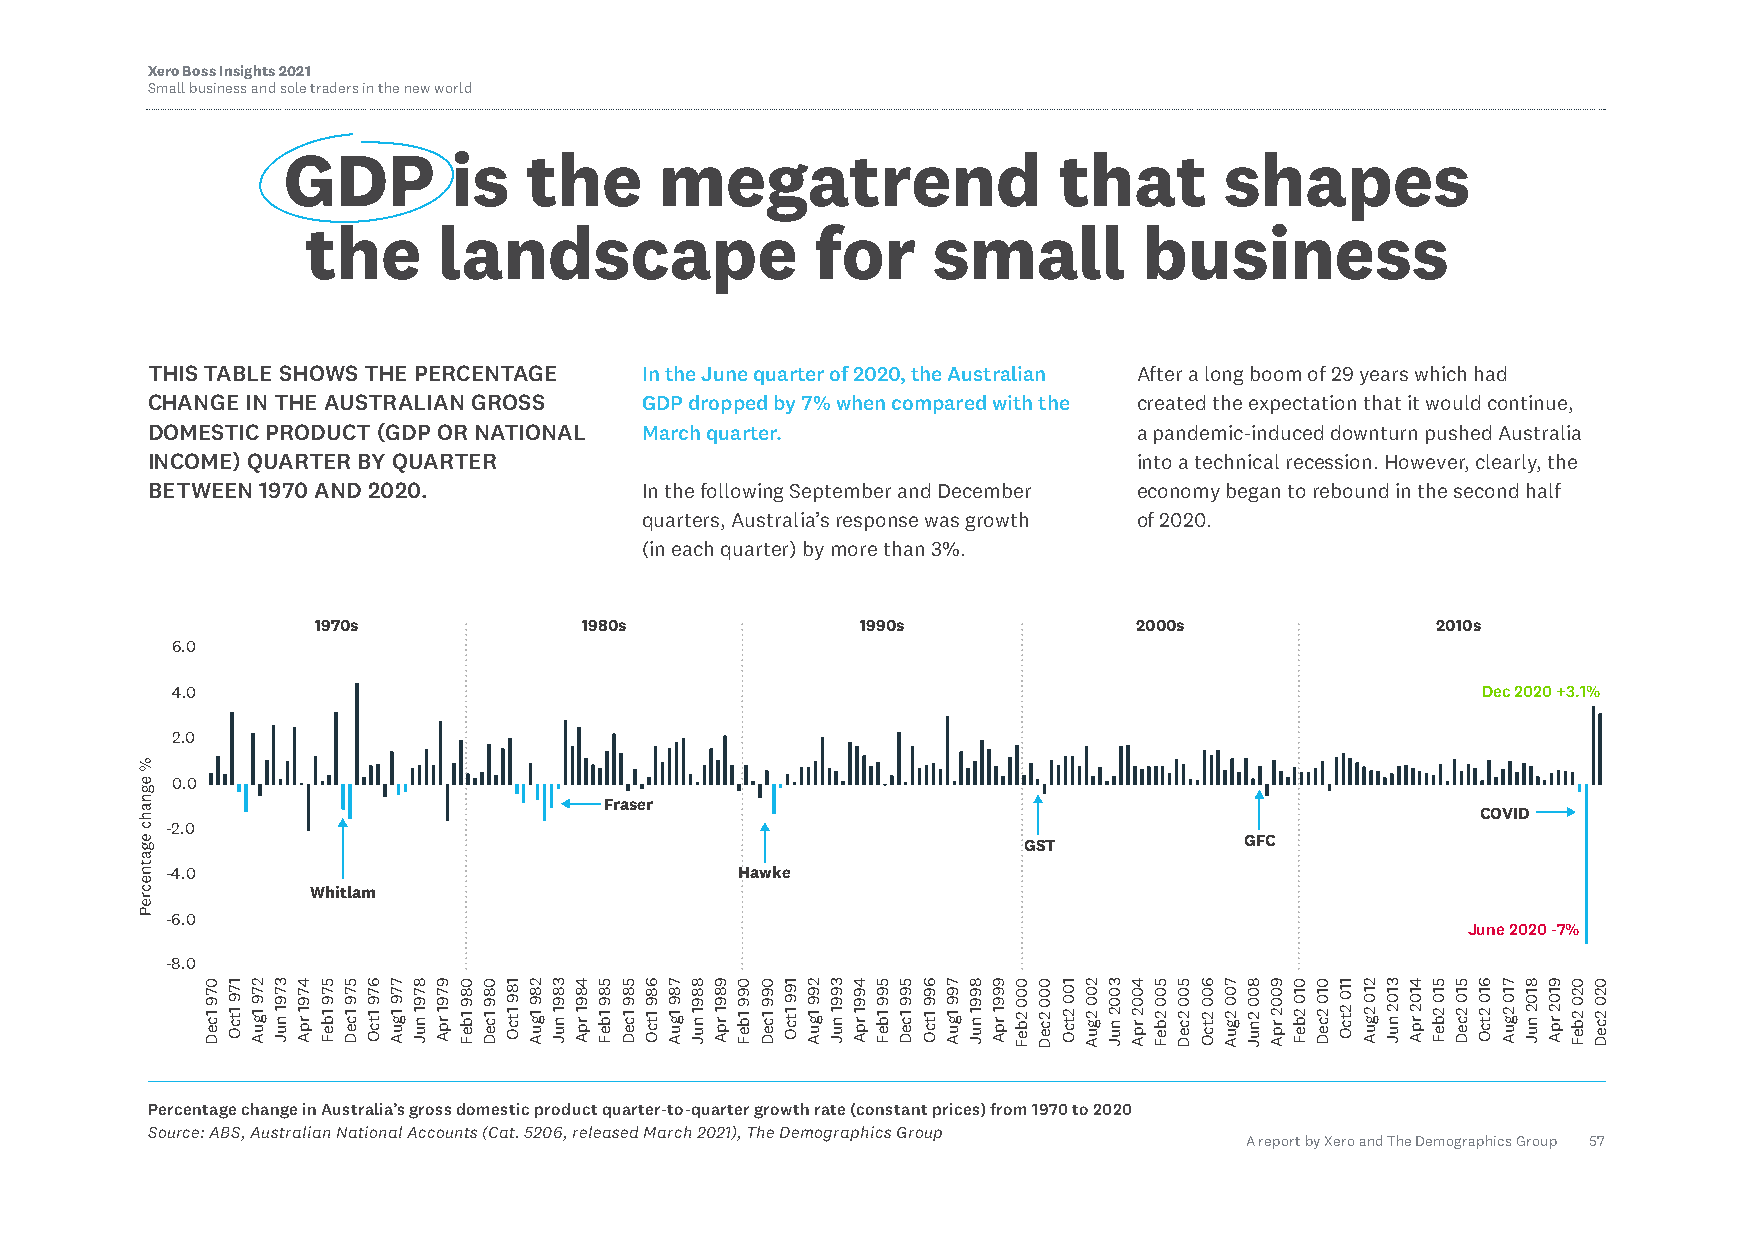
Xero Boss Insights 2021
 Small business and sole traders in the new world
 GDP        is   the      megatrend                 that       shapes
 the      landscape                for     small         business
 THIS TABLE SHOWS THE PERCENTAGE  In the June quarter of 2020, the Australian After a long boom of 29 years which had
 CHANGE IN THE AUSTRALIAN GROSS   GDP dropped by 7% when compared with the created the expectation that it would continue,
 DOMESTIC PRODUCT (GDP OR NATIONAL March quarter.                 a pandemic-induced downturn pushed Australia
 INCOME) QUARTER BY QUARTER                                       into a technical recession. However, clearly, the
 BETWEEN 1970 AND 2020.           In the following September and December economy began to rebound in the second half
 quarters, Australia’s response was growth of 2020.
 (in each quarter) by more than 3%.
 1970s             1980s             1990s             2000s               2010s
 6.0
 4.0                                                                                    Dec2020 +3.1%
 2.0
 0.0
 Fraser
 COVID
 -2.0
 GST           GFC
 -4.0                                  Hawke
 Whitlam
 -6.0
 June2020 -7%
 -8.0
 Percentage change in Australia’s gross domestic product quarter-to-quarter growth rate (constant prices) from 1970 to 2020
 Source: ABS, Australian National Accounts (Cat. 5206, released March 2021), The Demographics Group
 A report by Xero and The Demographics Group 57
 0791ceD 1791tcO 2791guA 3791nuJ 4791
 rpA
 5791beF 5791ceD 6791tcO 7791guA 8791nuJ 9791
 rpA
 0891beF 0891ceD 1891tcO 2891guA 3891nuJ 4891
 rpA
 5891beF 5891ceD 6891tcO 7891guA 8891nuJ 9891
 rpA
 0991beF 0991ceD 1991tcO 2991guA 3991nuJ 4991
 rpA
 5991beF 5991ceD 6991tcO 7991guA 8991nuJ 9991
 rpA
 0002beF 0002ceD 1002tcO 2002guA 3002nuJ 4002
 rpA
 5002beF 5002ceD 6002tcO 7002guA 8002nuJ 9002
 rpA
 0102beF 0102ceD 1102tcO 2102guA 3102nuJ 4102
 rpA
 5102beF 5102ceD 6102tcO 7102guA 8102nuJ 9102
 rpA
 0202beF 0202ceD